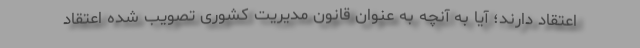
اعتقاد دارند؛ آیا به آنچه به عنوان قانون مدیریت کشوری تصویب شده اعتقاد